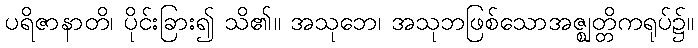
ပရိဇာနာတိ၊ ပိုင်းခြား၍ သိ၏။ အသုဘေ၊ အသုဘဖြစ်သောအဇ္ဈတ္တိကရုပ်၌။